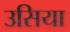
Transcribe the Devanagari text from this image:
उसिया